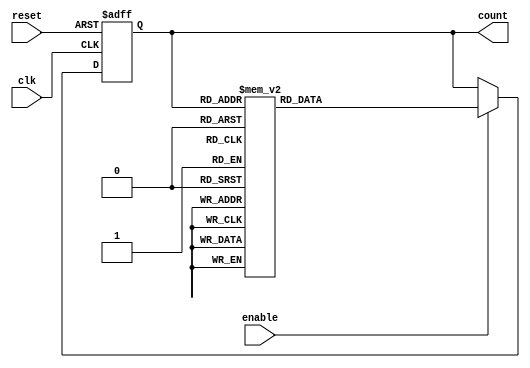
module BCD_Down_Counter_with_Enable (
    input wire clk,        // Clock input
    input wire reset,      // Reset input
    input wire enable,     // Enable input
    output reg [3:0] count // BCD down counter output
);

always @(posedge clk or posedge reset) begin
    if (reset) begin
        count <= 4'b1001; // Initial value of 9 in BCD format
    end else begin
        if (enable) begin
            case (count)
                4'b0000: count <= 4'b1001; // Reset to 9 after counting down from 0
                4'b1001: count <= 4'b1000;
                4'b1000: count <= 4'b0111;
                4'b0111: count <= 4'b0110;
                4'b0110: count <= 4'b0101;
                4'b0101: count <= 4'b0100;
                4'b0100: count <= 4'b0011;
                4'b0011: count <= 4'b0010;
                4'b0010: count <= 4'b0001;
                4'b0001: count <= 4'b0000;
                default: count <= 4'b0000;
            endcase
        end
    end
end

endmodule